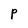
Character: P